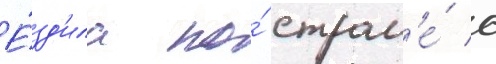
Е́зд'ила по́ стран'е́ с